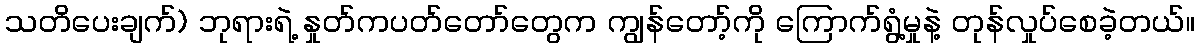
သတိပေးချက်) ဘုရားရဲ့ နှုတ်ကပတ်တော်တွေက ကျွန်တော့်ကို ကြောက်ရွံ့မှုနဲ့ တုန်လှုပ်စေခဲ့တယ်။